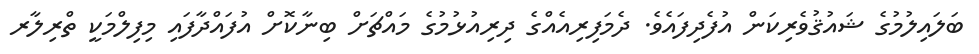
ބަލައިލުމުގެ ޝައުޤުވެރިކަން އުފެދިފައެވެ. ދެމަފިރިއެއްގެ ދިރިއުޅުމުގެ މައްޗަށް ބިނާކޮށް އުފައްދާފައި މިފިލްމަކީ ތްރިލާރ